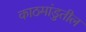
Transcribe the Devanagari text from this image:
काठमांडुतील